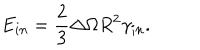
E _ { i n } = \frac { 2 } { 3 } \Delta \Omega R ^ { 2 } \gamma _ { i n } .